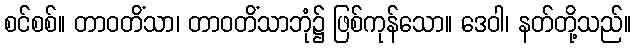
စင်စစ်။ တာဝတိံသာ၊ တာဝတိံသာဘုံ၌ ဖြစ်ကုန်သော။ ဒေဝါ၊ နတ်တို့သည်။